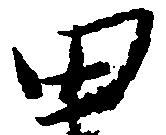
田